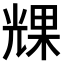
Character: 𠒪